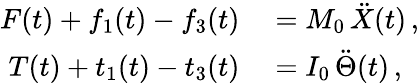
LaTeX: \begin{array}{rl}{F(t)+f_{1}(t)-f_{3}(t)}&{{}=M_{0}\, \ddot{X}(t)\, ,}\\ {T(t)+t_{1}(t)-t_{3}(t)}&{{}=I_{0}\, \ddot{\Theta}(t)\, ,}\end{array}